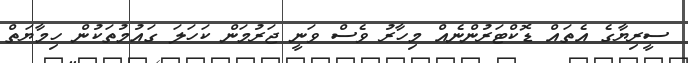
ސީރިޔާގެ އެތައް ޑޮކްޓަރުންނެއް މިހާރު ވެސް ވަނީ ޖަރުމަން ކަހަލަ ގައުމުތަކުން ހިމާޔަތް